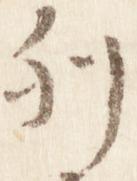
列